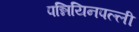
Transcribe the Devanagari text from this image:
पन्नियिनपल्ली